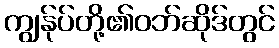
ကျွန်ုပ်တို့၏ဝဘ်ဆိုဒ်တွင်